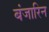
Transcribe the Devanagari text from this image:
बंजारिन